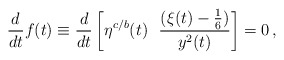
\begin{align*}{\frac{d}{dt}} f(t)\equiv {\frac{d}{dt}}\left[ \eta^{c/b} (t) ~~{\frac{(\xi (t)-{\frac{1}{6}})}{y^2 (t)}} \right]=0\, ,\end{align*}